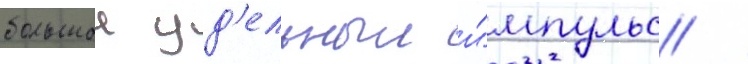
большои уд'ельныи и́мпульс /